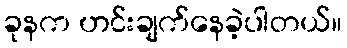
ခုနက ဟင်းချက်နေခဲ့ပါတယ်။